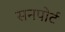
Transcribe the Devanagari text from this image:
सनपोर्ट